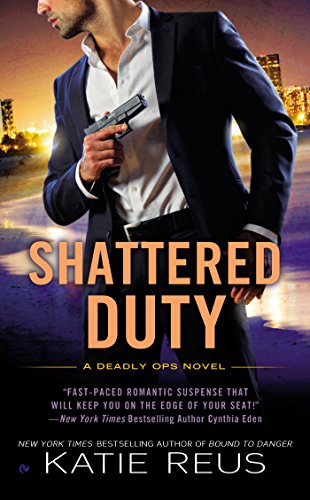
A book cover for Shattered Duty: A Deadly Ops Novel (Deadly Ops Series); Katie Reus; Romance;